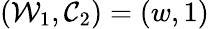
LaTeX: (\mathcal{W}_{1},\mathcal{C}_{2})=(w,1)